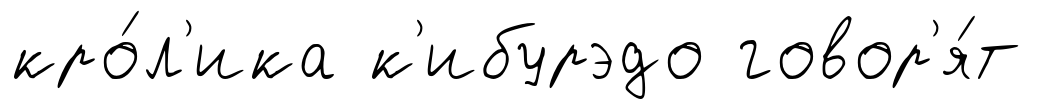
кро́л'ика к'ибурэдо говор'я́т